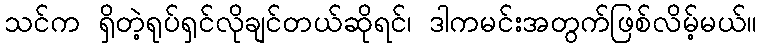
သင်က ရှိတဲ့ရုပ်ရှင်လိုချင်တယ်ဆိုရင်၊ ဒါကမင်းအတွက်ဖြစ်လိမ့်မယ်။